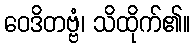
ဝေဒိတဗ္ဗံ၊ သိထိုက်၏။